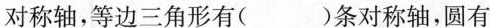
对称轴，等边三角形有( )条对称轴，圆有